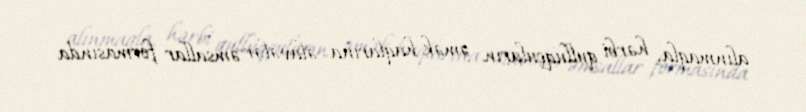
alınmaqla, hərbi qulluqçuların əmək haqlarına əlavələr əmsallar formasında